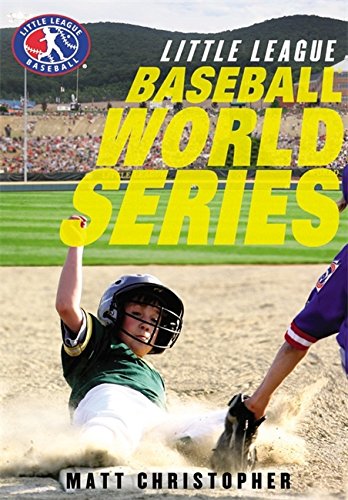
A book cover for Baseball World Series (Little League); Matt Christopher; Children's Books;